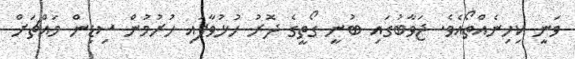
ވަނީ ކިހިނެއްތޯއެވެ. ޖަވާބުގައި ބުނީ ގޯތީގެ ދޮރު ހުޅުވާފައި ހުރުމުން ސިޑިން މައްޗަށް